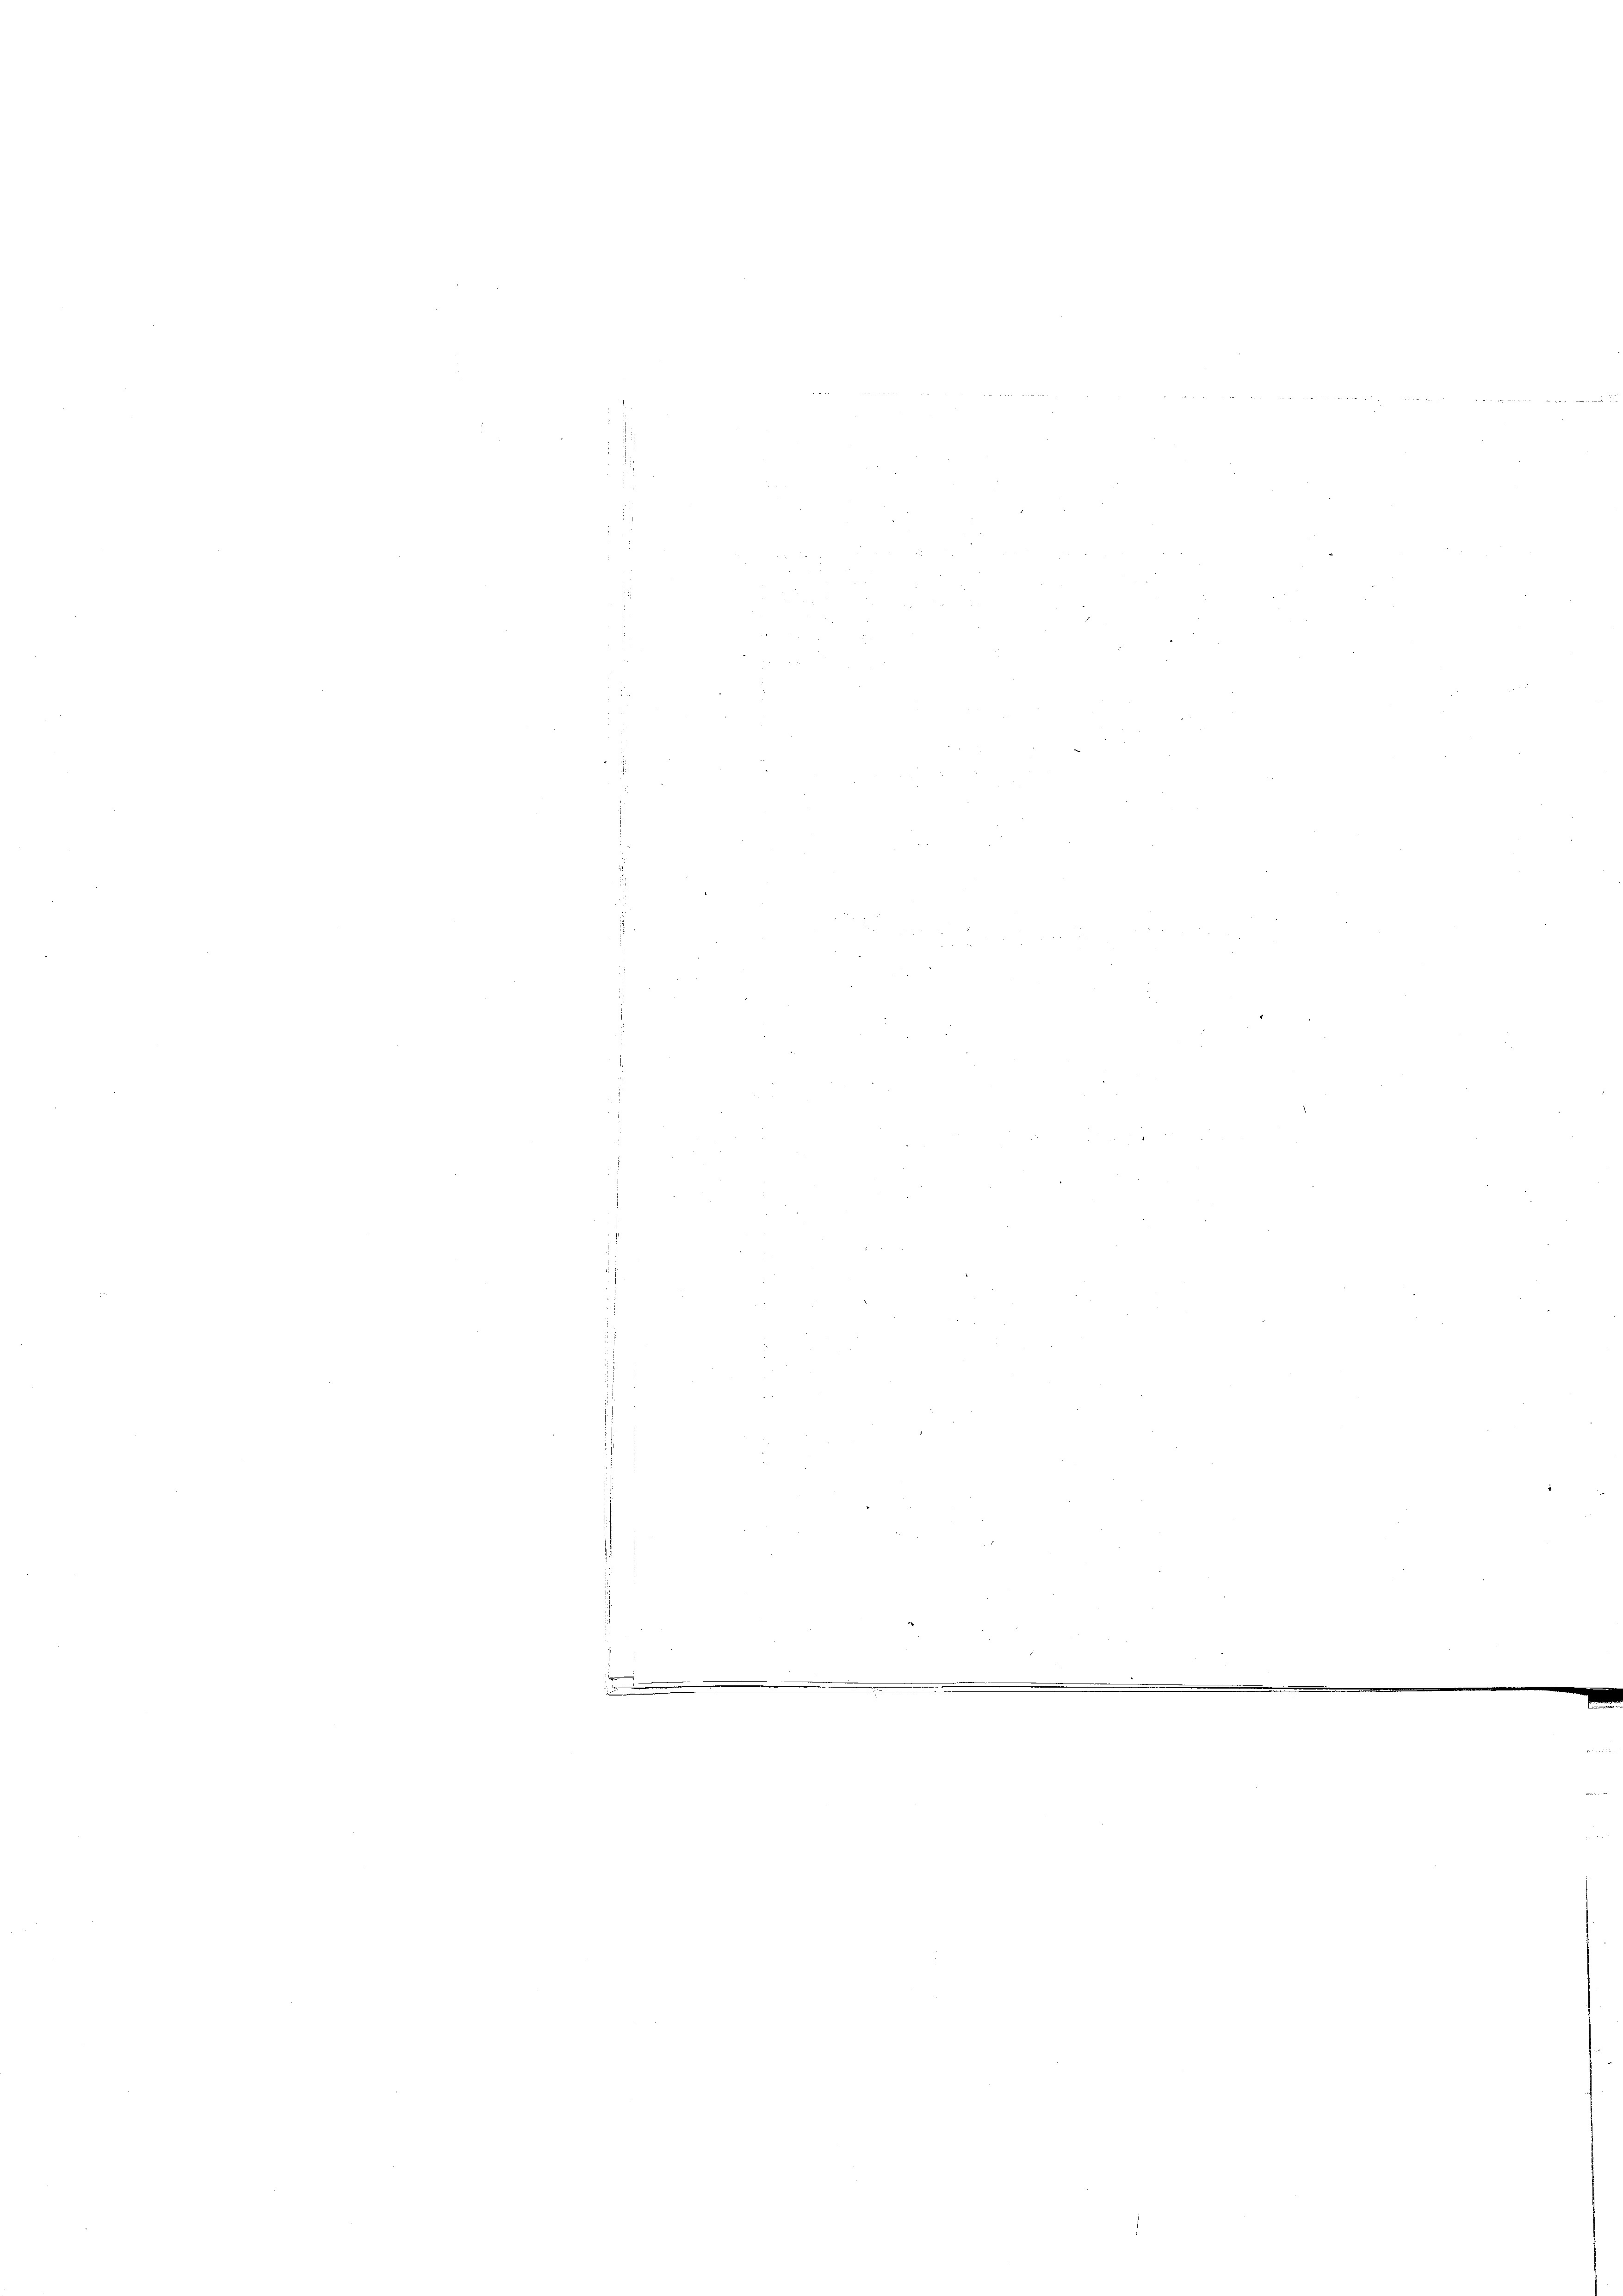
.